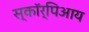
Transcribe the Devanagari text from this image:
स्कॉर्पिआय